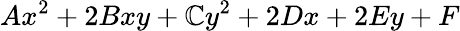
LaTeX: Ax^{2}+2Bxy+\mathbb{C}y^{2}+2Dx+2Ey+F